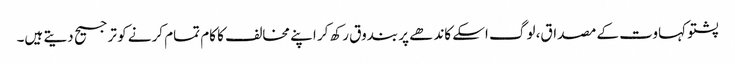
پشتو کہاوت کے مصداق، لوگ اسکے کاندھے پر بندوق رکھ کر اپنے مخالف کا کام تمام کرنے کو ترجیح دیتے ہیں۔